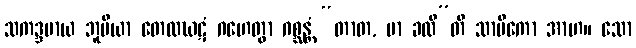
သကဒ္ဒမာယ ဘူမိယာ တေလဃဋံ ဂဟေတွာ ဂစ္ဆန္တံ “တာတ, မာ ခလီ”တိ သာမိကော အာဟ။ သော